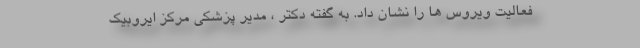
فعالیت ویروس ها را نشان داد. به گفته دکتر ، مدیر پزشکی مرکز ایروبیک